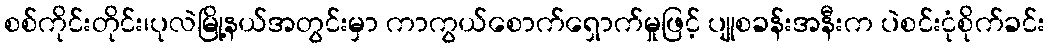
စစ်ကိုင်းတိုင်း၊ပုလဲမြို့နယ်အတွင်းမှာ ကာကွယ်စောက်ရှောက်မှုဖြင့် ပျုစခန်းအနီးက ပဲစင်းငုံစိုက်ခင်း